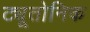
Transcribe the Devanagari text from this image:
ट्यूतोनिक